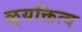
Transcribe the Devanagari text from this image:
ऴ्यक्तित्व